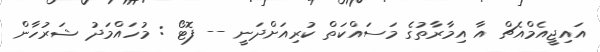
އައިޖީއެމްއެޗް އާ އިމާރާތުގެ މަސައްކަތް ކުރިއަށްދަނީ -- ފޮޓޯ : މުހައްމަދު ޝަރުހާން